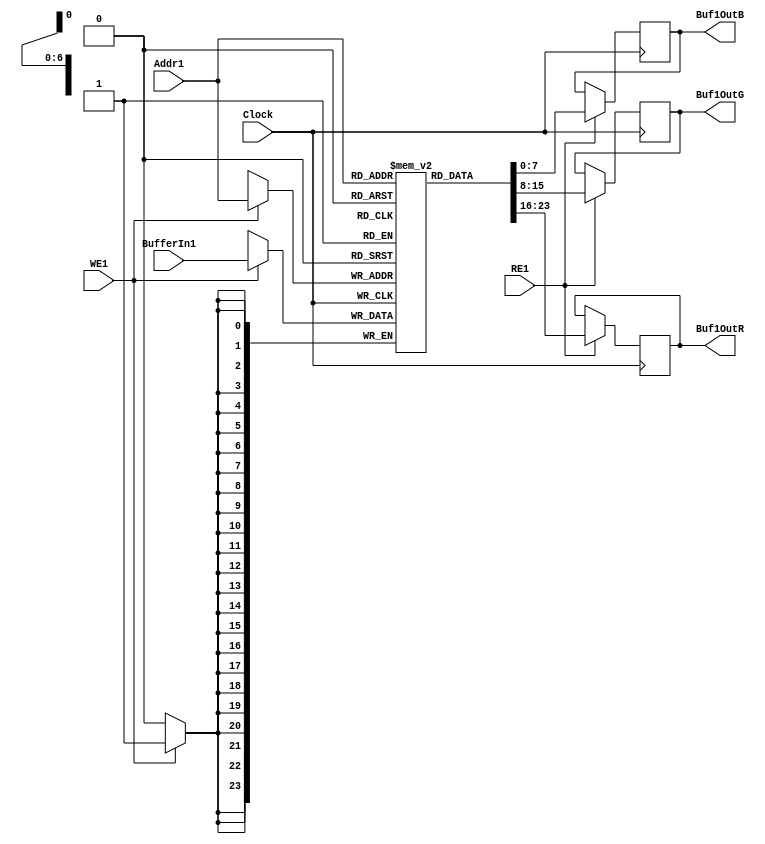

module Buffer1(Buf1OutR, Buf1OutG, Buf1OutB, Addr1, WE1, RE1, BufferIn1, Clock);
output reg[7:0] Buf1OutR;
output reg[7:0] Buf1OutG;
output reg[7:0] Buf1OutB;
input[6:0] Addr1;
input WE1, RE1, Clock;
input[23:0] BufferIn1;
reg[23:0] BufferMem1[99:0];


always @(posedge Clock)
begin
	if(WE1==1)
	begin
		BufferMem1[Addr1] <= BufferIn1;
	end
	if(RE1==1)
	begin
		Buf1OutR <= BufferMem1[Addr1][23:16];
		Buf1OutG <= BufferMem1[Addr1][15:8];
		Buf1OutB <= BufferMem1[Addr1] [7:0];
	end
end
endmodule